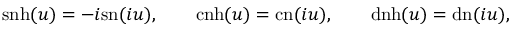
\mathrm { s n h } ( u ) = - i \mathrm { s n } ( i u ) , \qquad \mathrm { c n h } ( u ) = \mathrm { c n } ( i u ) , \qquad \mathrm { d n h } ( u ) = \mathrm { d n } ( i u ) ,